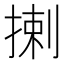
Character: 揦